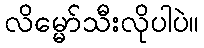
လိမ္မော်သီးလိုပါပဲ။